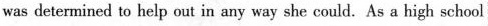
was determined to help out in any way she could. As a high school